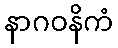
နာဂဝနိကံ